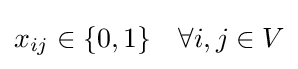
x_{ij}\in \{0,1\}\quad \forall i,j\in V